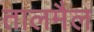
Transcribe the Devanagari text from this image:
तालमैल